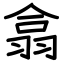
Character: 翕